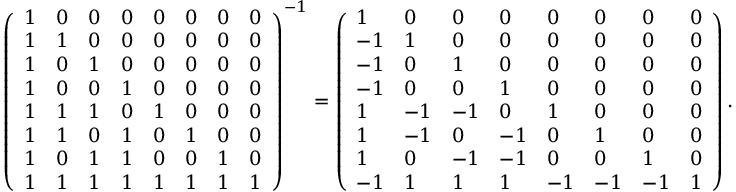
\left( \begin{array} { l l l l l l l l } { 1 } & { 0 } & { 0 } & { 0 } & { 0 } & { 0 } & { 0 } & { 0 } \\ { 1 } & { 1 } & { 0 } & { 0 } & { 0 } & { 0 } & { 0 } & { 0 } \\ { 1 } & { 0 } & { 1 } & { 0 } & { 0 } & { 0 } & { 0 } & { 0 } \\ { 1 } & { 0 } & { 0 } & { 1 } & { 0 } & { 0 } & { 0 } & { 0 } \\ { 1 } & { 1 } & { 1 } & { 0 } & { 1 } & { 0 } & { 0 } & { 0 } \\ { 1 } & { 1 } & { 0 } & { 1 } & { 0 } & { 1 } & { 0 } & { 0 } \\ { 1 } & { 0 } & { 1 } & { 1 } & { 0 } & { 0 } & { 1 } & { 0 } \\ { 1 } & { 1 } & { 1 } & { 1 } & { 1 } & { 1 } & { 1 } & { 1 } \end{array} \right) ^ { - 1 } = \left( \begin{array} { l l l l l l l l } { 1 } & { 0 } & { 0 } & { 0 } & { 0 } & { 0 } & { 0 } & { 0 } \\ { - 1 } & { 1 } & { 0 } & { 0 } & { 0 } & { 0 } & { 0 } & { 0 } \\ { - 1 } & { 0 } & { 1 } & { 0 } & { 0 } & { 0 } & { 0 } & { 0 } \\ { - 1 } & { 0 } & { 0 } & { 1 } & { 0 } & { 0 } & { 0 } & { 0 } \\ { 1 } & { - 1 } & { - 1 } & { 0 } & { 1 } & { 0 } & { 0 } & { 0 } \\ { 1 } & { - 1 } & { 0 } & { - 1 } & { 0 } & { 1 } & { 0 } & { 0 } \\ { 1 } & { 0 } & { - 1 } & { - 1 } & { 0 } & { 0 } & { 1 } & { 0 } \\ { - 1 } & { 1 } & { 1 } & { 1 } & { - 1 } & { - 1 } & { - 1 } & { 1 } \end{array} \right) .